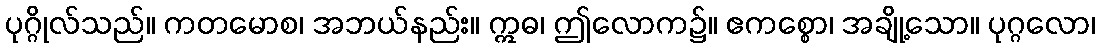
ပုဂ္ဂိုလ်သည်။ ကတမောစ၊ အဘယ်နည်း။ ဣဓ၊ ဤလောက၌။ ဧကစ္စော၊ အချို့သော။ ပုဂ္ဂလော၊